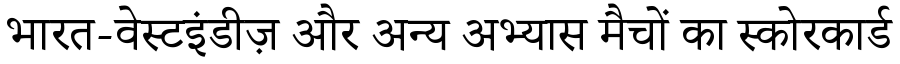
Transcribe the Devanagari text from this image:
भारत-वेस्टइंडीज़ और अन्य अभ्यास मैचों का स्कोरकार्ड